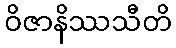
ဝိဇာနိဿသီတိ